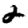
Digit: 2